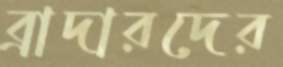
ব্রাদারদের